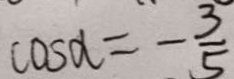
\cos \alpha = - \frac { 3 } { 5 }